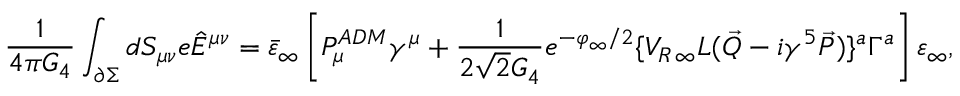
{ \frac { 1 } { 4 \pi G _ { 4 } } } \int _ { \partial \Sigma } d S _ { \mu \nu } e \hat { E } ^ { \mu \nu } = \bar { \varepsilon } _ { \infty } \left[ P _ { \mu } ^ { A D M } \gamma ^ { \mu } + { \frac { 1 } { 2 \sqrt { 2 } G _ { 4 } } } e ^ { - \varphi _ { \infty } / 2 } \{ V _ { R \, \infty } L ( \vec { Q } - i \gamma ^ { 5 } \vec { P } ) \} ^ { a } \Gamma ^ { a } \right] \varepsilon _ { \infty } ,